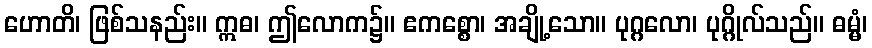
ဟောတိ၊ ဖြစ်သနည်း။ ဣဓ၊ ဤလောက၌။ ဧကစ္စော၊ အချို့သော။ ပုဂ္ဂလော၊ ပုဂ္ဂိုလ်သည်။ ဓမ္မံ၊